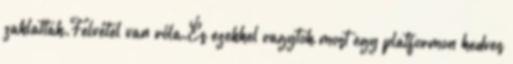
zaklattak.Felvétel van róla.És ezekkel vagytok most egy platformon kedves